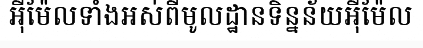
អ៊ីម៉ែលទាំងអស់ពីមូលដ្ឋានទិន្នន័យអ៊ីម៉ែល